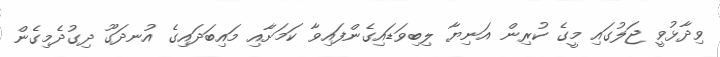
ވިދާޅުވީ ޖަލުގައި މީގެ ކުރިން އަނިޔާ ލިބިވަޑައިގެންފައިވާ ކަމަށާއި މައިބަދައިގެ އުނދަގޫ ދިގުދެމިގެން